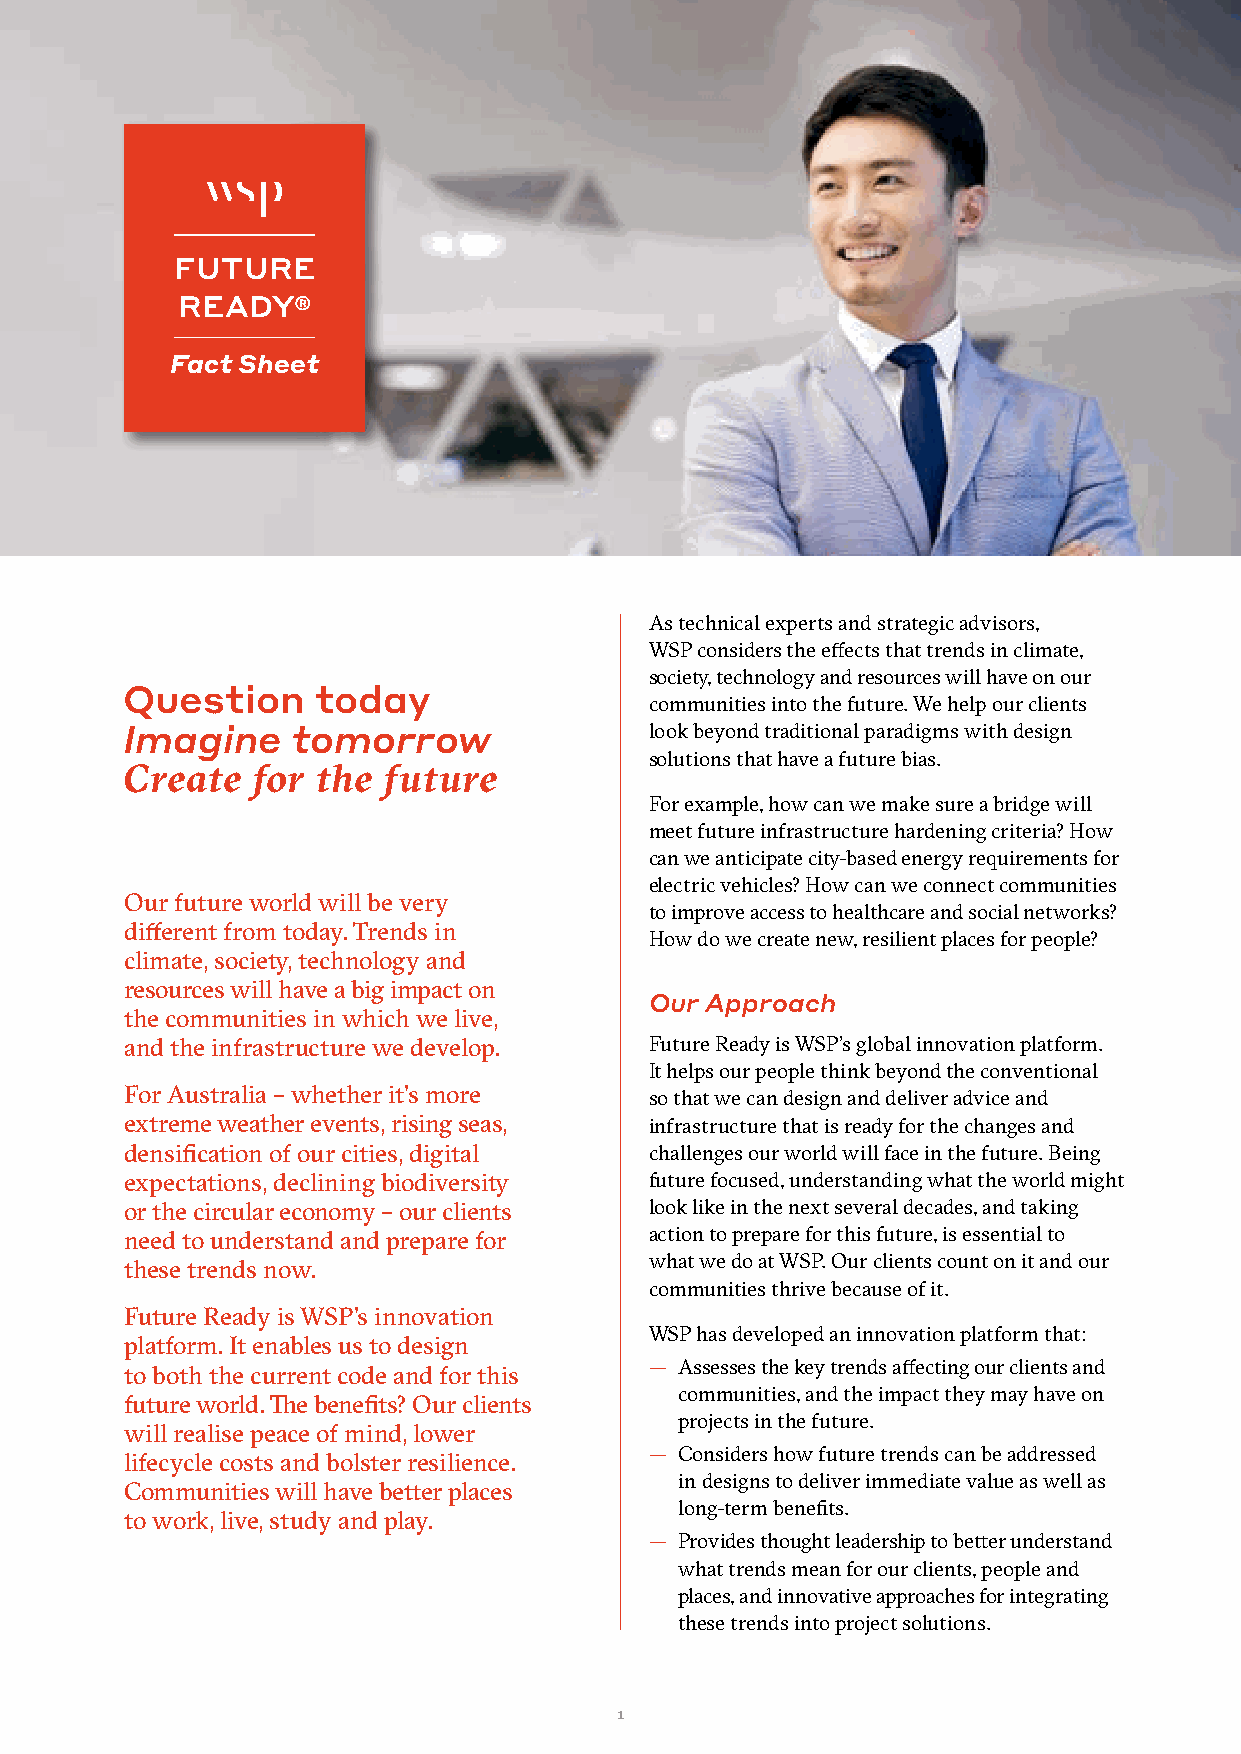
FUTURE
 READY®
 Fact Sheet
 As technical experts and strategic advisors,
 WSP considers the effects that trends in climate,
 society, technology and resources will have on our
 Question     today
 communities into the future. We help our clients
 Imagine    tomorrow                look beyond traditional paradigms with design
 solutions that have a future bias.
 Create   for the future
 For example, how can we make sure a bridge will
 meet future infrastructure hardening criteria? How
 can we anticipate city-based energy requirements for
 electric vehicles? How can we connect communities
 Our future world will be very
 to improve access to healthcare and social networks?
 different from today. Trends in
 How do we create new, resilient places for people?
 climate, society, technology and
 resources will have a big impact on
 Our Approach
 the communities in which we live,
 and the infrastructure we develop. Future Ready is WSP’s global innovation platform.
 It helps our people think beyond the conventional
 For Australia – whether it’s more  so that we can design and deliver advice and
 extreme weather events, rising seas, infrastructure that is ready for the changes and
 densification of our cities, digital challenges our world will face in the future. Being
 expectations, declining biodiversity future focused, understanding what the world might
 or the circular economy – our clients look like in the next several decades, and taking
 need to understand and prepare for action to prepare for this future, is essential to
 what we do at WSP. Our clients count on it and our
 these trends now.
 communities thrive because of it.
 Future Ready is WSP’s innovation
 WSP has developed an innovation platform that:
 platform. It enables us to design
 — Assesses the key trends affecting our clients and
 to both the current code and for this
 communities, and the impact they may have on
 future world. The benefits? Our clients
 projects in the future.
 will realise peace of mind, lower
 — Considers how future trends can be addressed
 lifecycle costs and bolster resilience.
 in designs to deliver immediate value as well as
 Communities will have better places
 long-term benefits.
 to work, live, study and play.
 — Provides thought leadership to better understand
 what trends mean for our clients, people and
 places, and innovative approaches for integrating
 these trends into project solutions.
 1